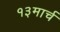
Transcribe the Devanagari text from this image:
१३मार्च